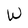
Character: W